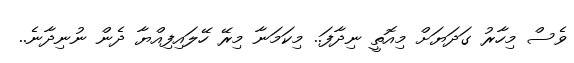
ވެސް މިހާރު ގަދަޔަށް މިއޮތީ ނިދާފަ.. މިކަމަނާ މިރޭ ހޭލައިފިއްޔާ ދެން ނުނިދާނެ..